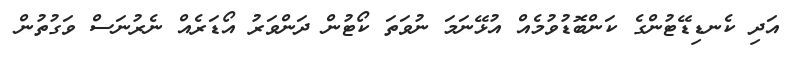
އަދި ކެނޑިޑޭޓުންގެ ކަންބޮޑުވުމެއް އުޅޭނަމަ ނުވަތަ ކޯޓުން ދަންވަރު އޯޑަރެއް ނެރުނަސް ވަގުތުން